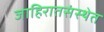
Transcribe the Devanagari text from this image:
जाहिरातसंस्थेत